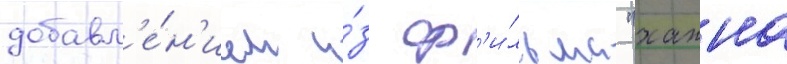
добавл'е́н'ием и́з ф'и́льма "ханна